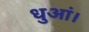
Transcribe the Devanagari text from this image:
धुआं।